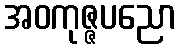
အဝကုဇ္ဇပညော